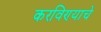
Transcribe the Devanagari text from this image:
करविण्याचे